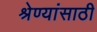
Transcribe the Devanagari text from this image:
श्रेण्यांसाठी